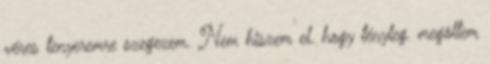
véres tenyeremre szegezem. Nem hiszem el. hogy tényleg. megöltem